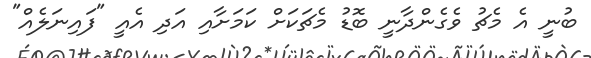
ބުނީ އެ މެޗު ވެގެންދާނީ ބޮޑު މެޗަކަށް ކަމަށާއި އަދި އެއީ "ފައިނަލެއް"